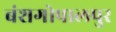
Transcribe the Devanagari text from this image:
बंशगोपालपुर